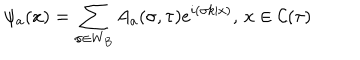
\psi _ { a } ( x ) = \sum _ { \sigma \in W _ { B } } A _ { a } ( \sigma , \tau ) e ^ { i ( \sigma k | x ) } , \, x \in { \cal C } ( \tau )